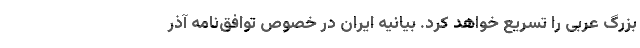
بزرگ عربی را تسریع خواهد کرد. بیانیه ایران در خصوص توافق‌نامه آذر